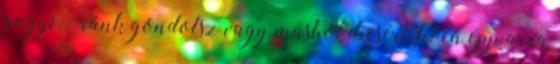
gagyi.” ránk gondolsz vagy máshol dicsérték? én épp arra